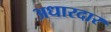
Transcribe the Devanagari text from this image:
अधारदार